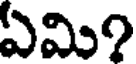
ఏమి?